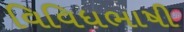
વિવિધભાષી